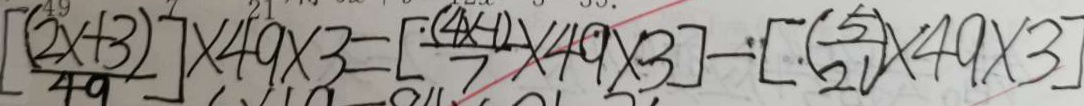
[ \frac { ( 2 x + 3 ) } { 4 9 } ] \times 4 9 \times 3 = [ \frac { ( 4 x - 1 ) } { 7 } \times 4 9 \times 3 ] - [ ( \frac { 5 } { 2 0 } ) \times 4 9 \times 3 ]